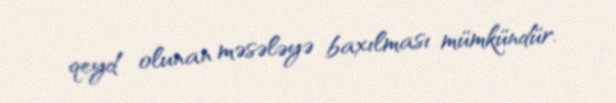
qeyd olunan məsələyə baxılması mümkündür.